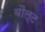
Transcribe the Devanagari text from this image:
वौल्ट